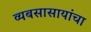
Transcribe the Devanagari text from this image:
व्यबसासायांचा